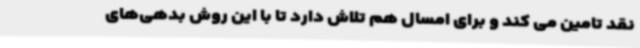
نقد تامین می کند و برای امسال هم تلاش دارد تا با این روش بدهی‌های